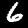
Label: 6